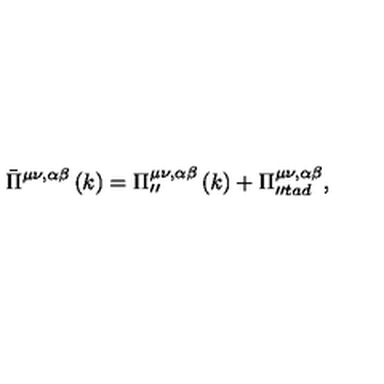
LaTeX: \bar { \Pi } ^ { \mu \nu , \alpha \beta } \left( k \right) = \Pi _ { \prime \prime } ^ { \mu \nu , \alpha \beta } \left( k \right) + \Pi _ { \prime \prime t a d } ^ { \mu \nu , \alpha \beta } ,